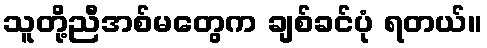
သူတို့ညီအစ်မတွေက ချစ်ခင်ပုံ ရတယ်။